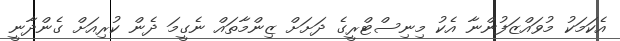
އެކަމަކު މުވައްޒަފުންނާ އެކު މިނިސްޓްރީގެ ދަށަށް ޒިންމާތައް ނެގީމަ ދެން ކުރިއަށް ގެންދާނީ